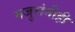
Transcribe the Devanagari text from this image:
मजुरांनीही